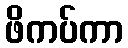
ဖိကပ်ကာ